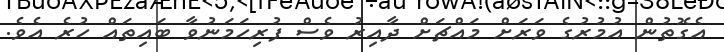
އެގޮތުން އުމުރުގެ ވަރަށް މައްޗަށް ދާއިރު ވެސް ފުރިހަމަނުވާ ބައިތައް ހުރެ އެވެ.